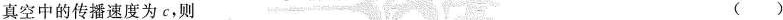
真空中的传播速度为c，则 ()